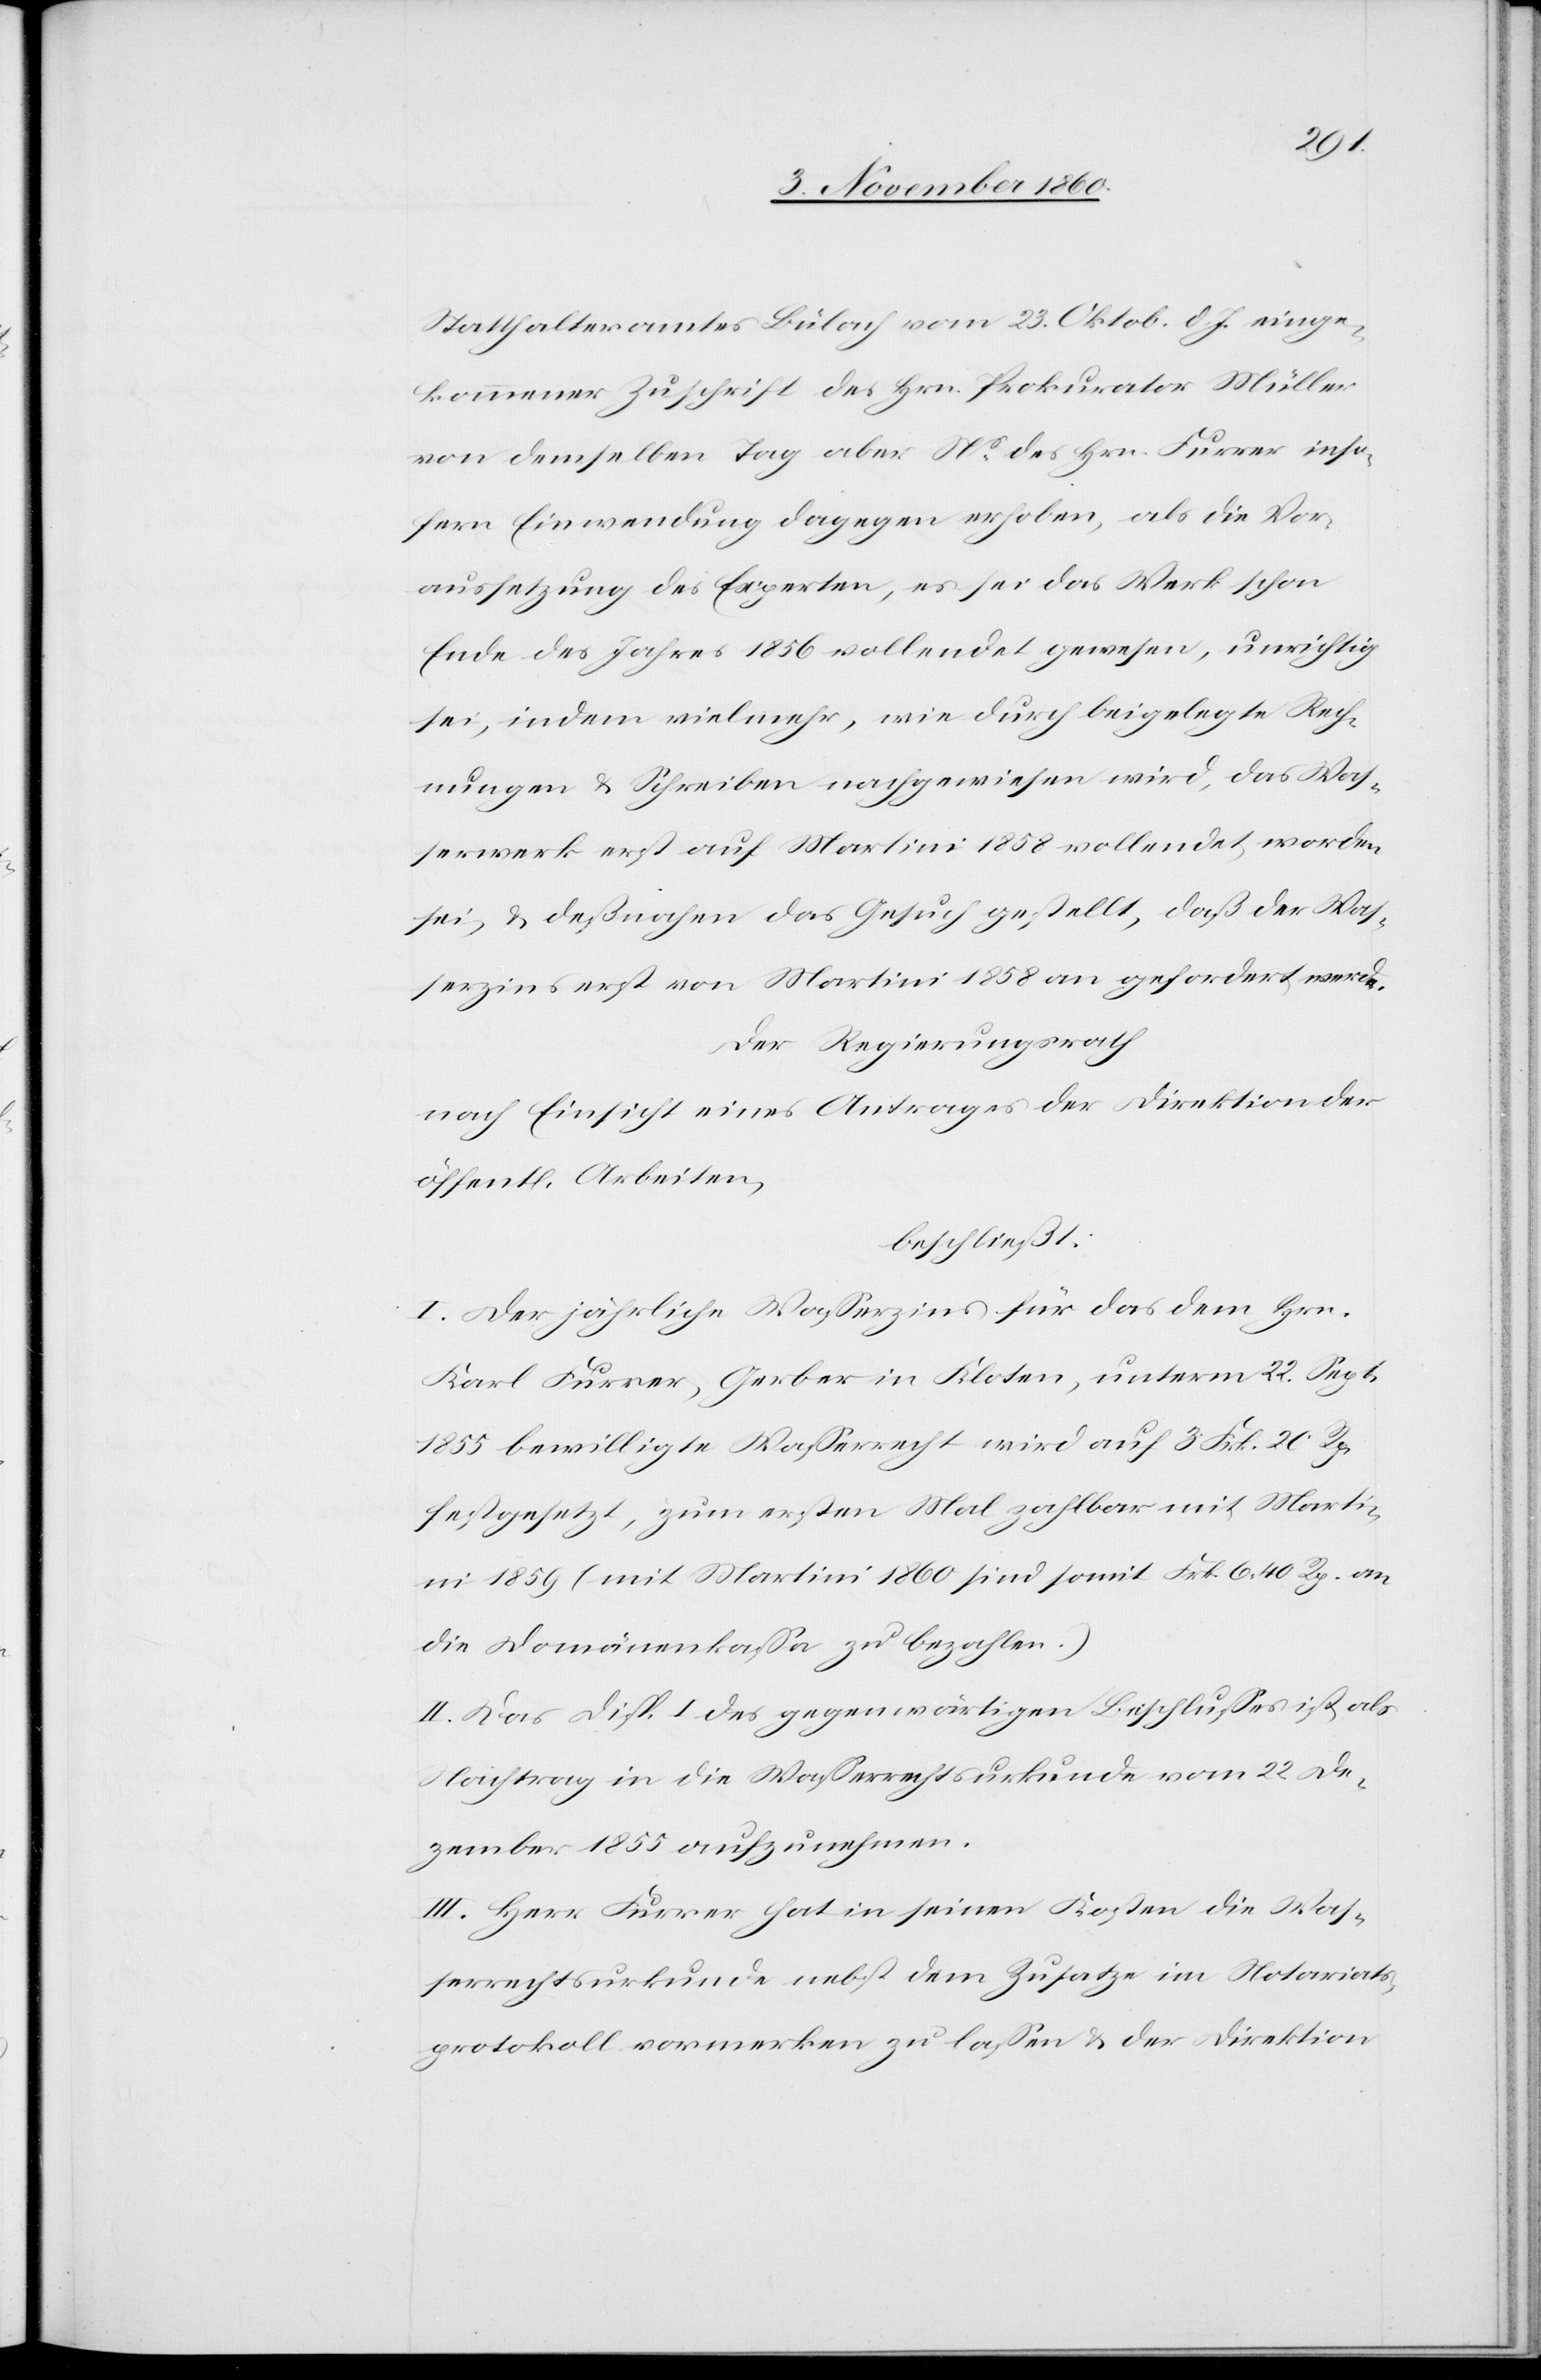
Statthalteramtes Bülach vom 23. Oktob. d. J. einge¬
kommener Zuschrift des Hrn. Prokurator Müller
von demselben Tag aber Ns des Hrn. Furrer inso¬
fern Einwendung dagegen erhoben, als die Vor¬
aussetzung des Experten, es sei das Werk schon
Ende des Jahres 1856 vollendet gewesen, unrichtig
sei, indem vielmehr, wie durch beigelegte Rech¬
nungen u. Schreiben nachgewiesen wird, das Was¬
serwerk erst auf Martini 1858 vollendet worden
sei, u. deßnahen das Gesuch gestellt, daß der Was¬
serzins erst von Martini 1858 an gefordert werde.
Der Regierungsrath
nach Einsicht eines Antrages der Direktion der
öffentl. Arbeiten,
beschließt:
I. Der jährliche Wasserzins für das dem Hrn.
Karl Furrer, Gerber in Kloten, unterm 22. Sept.
1855 bewilligte Wasserrecht wird auf 3 Frk. 20 Rp.
festgesetzt, zum ersten Mal zahlbar mit Marti¬
ni 1859 (mit Martini 1860 sind somit Frk. 6 40 Rp. an
die Domänenkassa zu bezahlen.)
II. Das Disp. I des gegenwärtigen Beschlusses ist als
Nachtrag in die Wasserrechtsurkunde vom 22. De¬
zember 1855 aufzunehmen.
III. Herr Furrer hat in seinen Kosten die Was¬
serrechtsurkunde nebst dem Zusatze im Notariats¬
protokoll vormerken zu lassen u. der Direktion